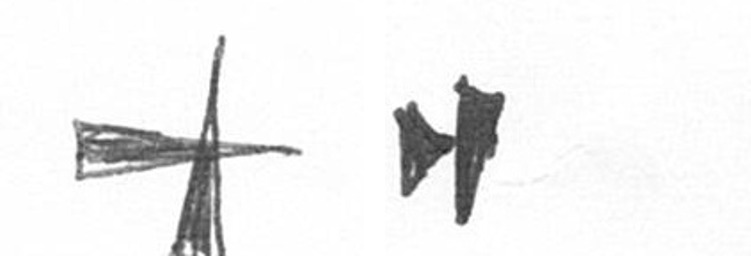
G M